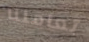
تعاملنا